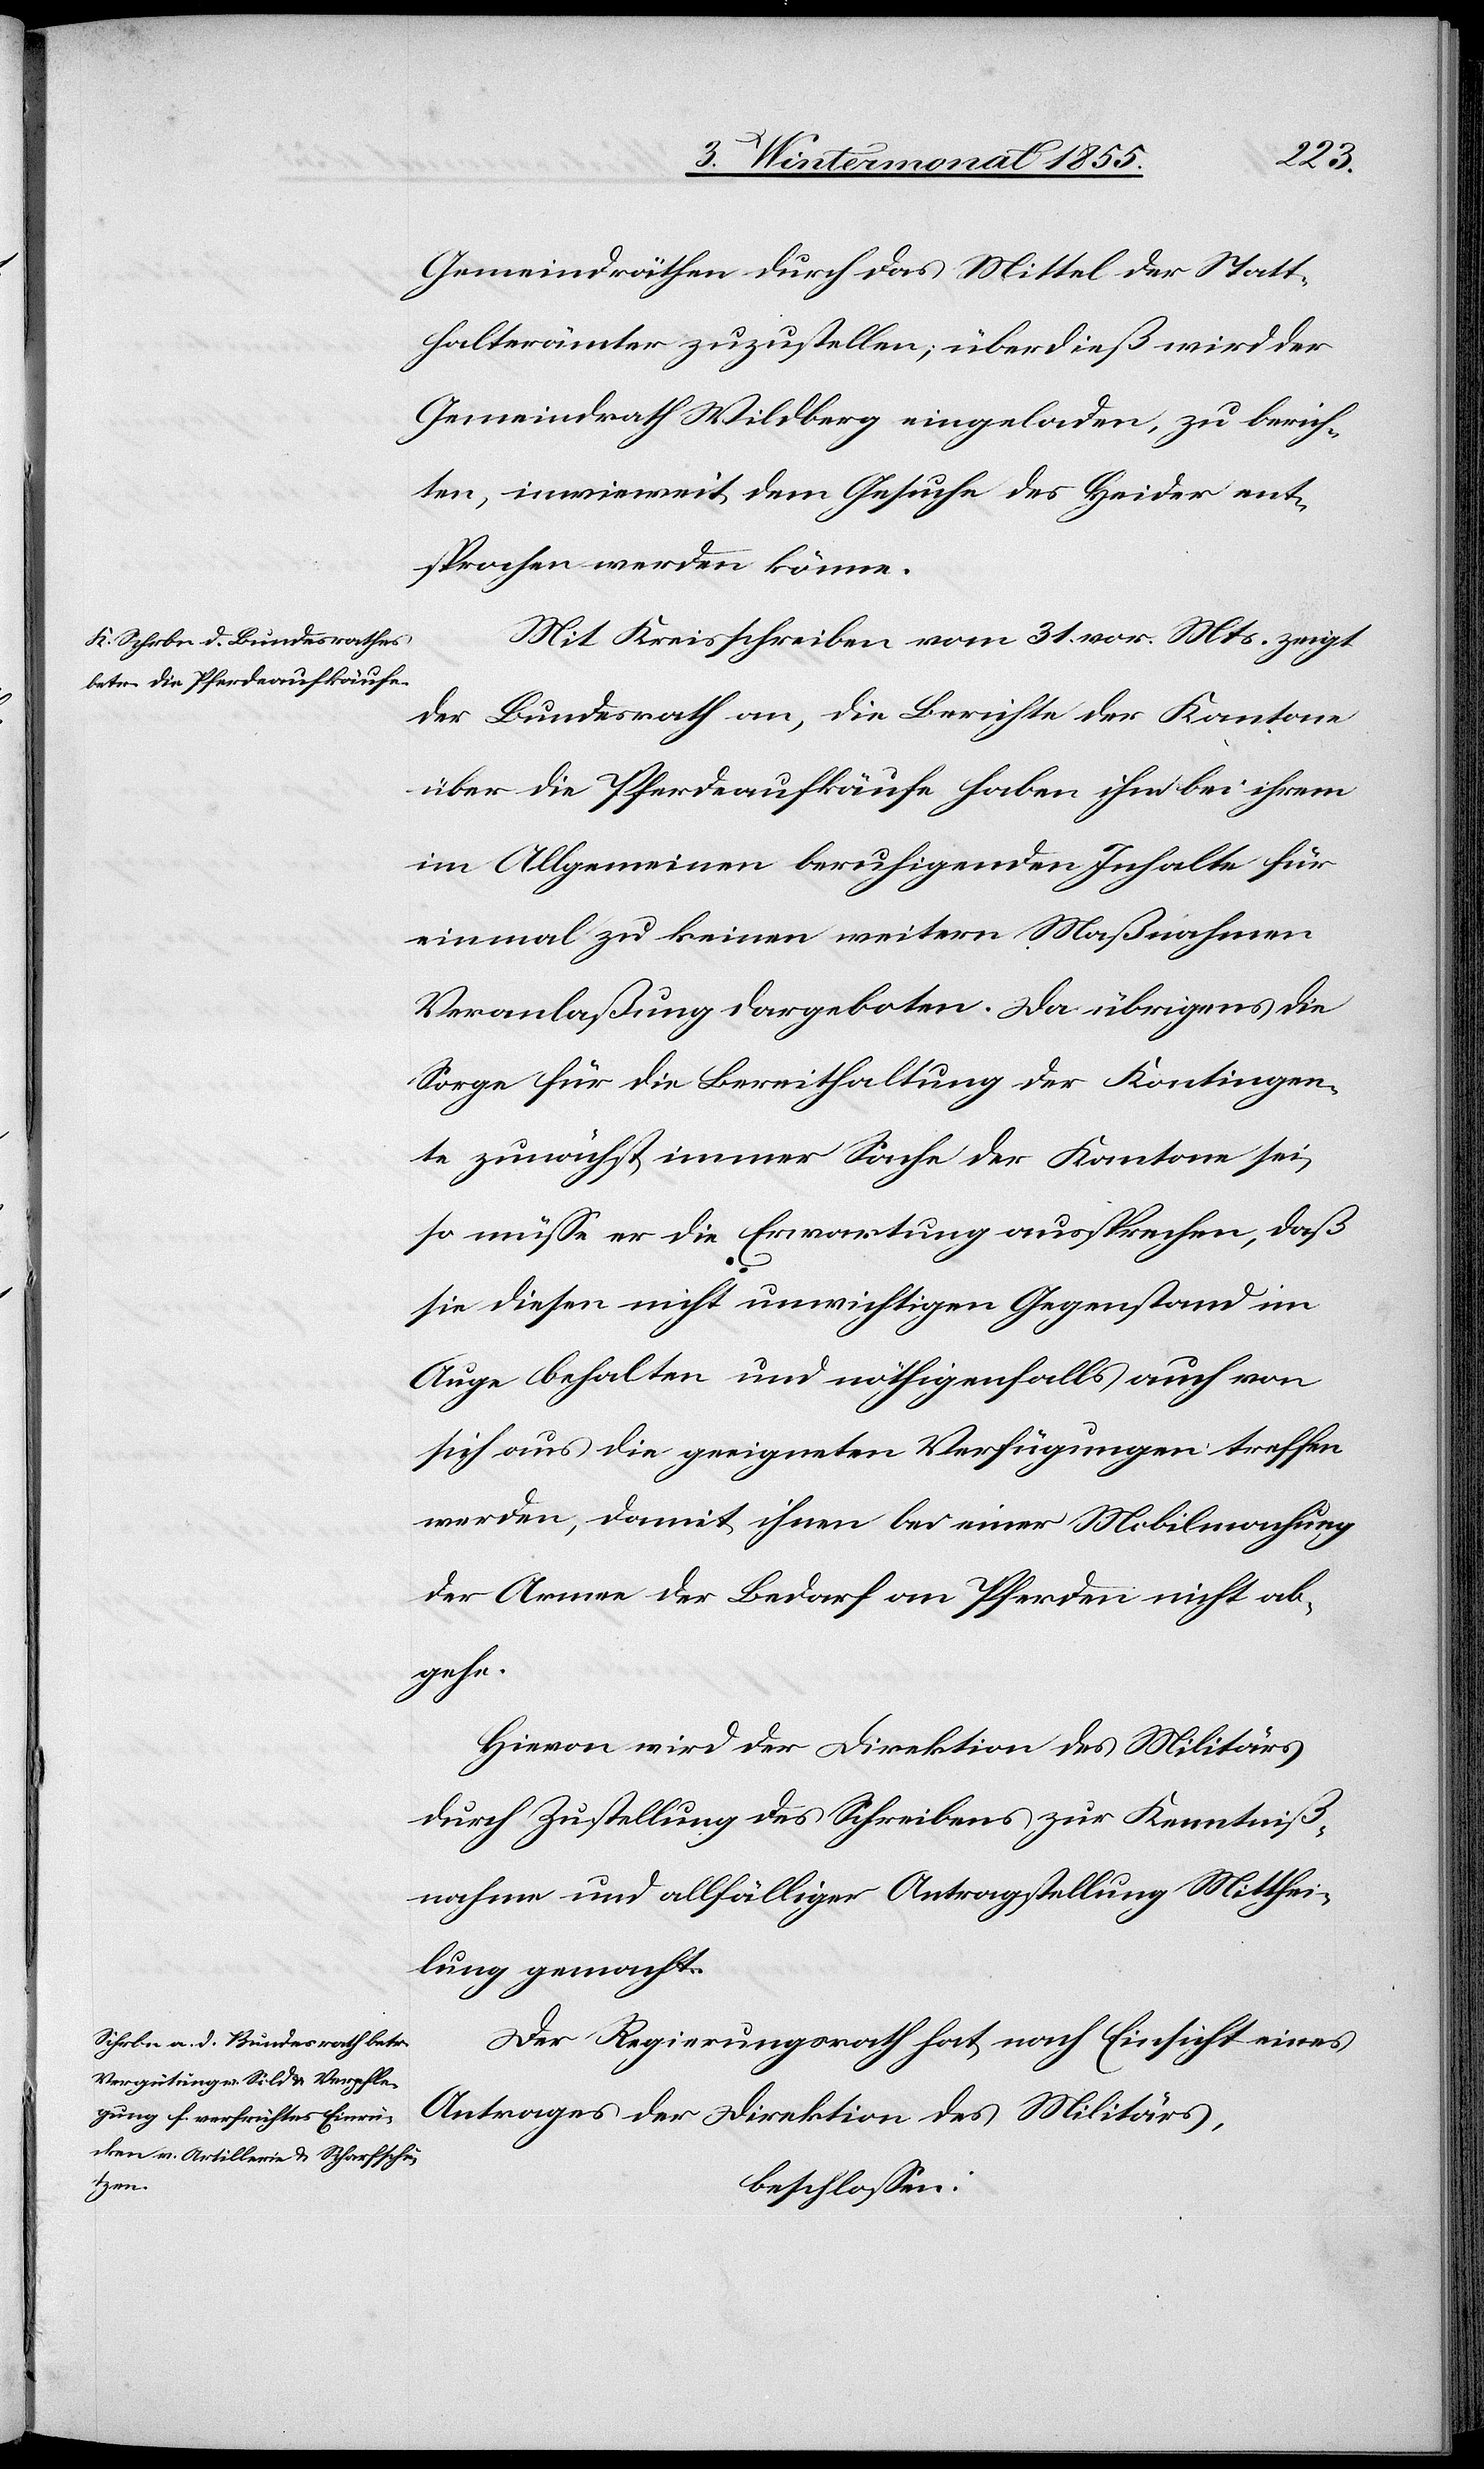
Gemeindräthen durch das Mittel der Statt¬
halterämter zuzustellen; überdieß wird der
Gemeindrath Wildberg eingeladen, zu berich¬
ten, inwieweit dem Gesuche des Heider ent¬
sprochen werden könne.
Mit Kreisschreiben vom 31. vor. Mts. zeigt
der Bundesrath an, die Berichte der Kantone
über die Pferdeaufkäufe haben ihm bei ihrem
im Allgemeinen beruhigenden Inhalte für
einmal zu keinen weitern Maßnahmen
Veranlaßung dargeboten. Da übrigens die
Sorge für die Bereithaltung der Kontingen¬
te zunächst immer Sache der Kantone sei,
so müsse er die Erwartung aussprechen, daß
sie diesen nicht unwichtigen Gegenstand im
Auge behalten und nöthigenfalls auch von
sich aus die geeigneten Verfügungen treffen
werden, damit ihnen bei einer Mobilmachung
der Armee der Bedarf an Pferden nicht ab¬
gehe.
Hievon wird der Direktion des Militärs
durch Zustellung des Schreibens zur Kenntniß¬
nahme und allfälliger Antragstellung Mitthei¬
lung gemacht.
Der Regierungsrath hat, nach Einsicht eines
Antrages der Direktion des Militärs,
beschlossen: